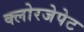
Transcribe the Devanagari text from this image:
क्लोरजेपेट